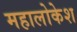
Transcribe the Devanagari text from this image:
महालोकेश